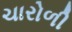
ચારોળી